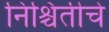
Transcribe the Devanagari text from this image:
निश्चितीचे